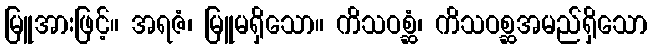
မြူအားဖြင့်။ အရဇံ၊ မြူမရှိသော။ ကိသဝစ္ဆံ၊ ကိသဝစ္ဆအမည်ရှိသော